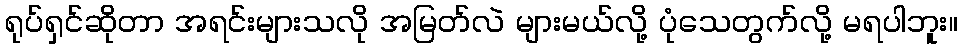
ရုပ်ရှင်ဆိုတာ အရင်းများသလို အမြတ်လဲ များမယ်လို့ ပုံသေတွက်လို့ မရပါဘူး။